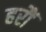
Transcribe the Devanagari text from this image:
हरौं